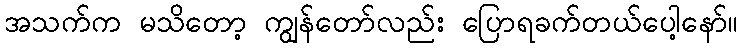
အသက်က မသိတော့ ကျွန်တော်လည်း ပြောရခက်တယ်ပေါ့နော်။